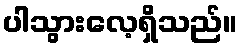
ပါသွားလေ့ရှိသည်။